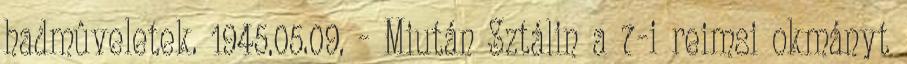
hadmûveletek. 1945.05.09. - Miután Sztálin a 7-i reimsi okmányt